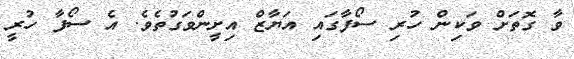
ވާ ގޮތަށް ވަކިން ހުރި ސޯފާގައި އަޔާޒް އިށީންވަގުތެވެ. އެ ސޯފާ ހުރީ